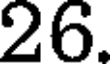
26.